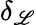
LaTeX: \delta_{\mathscr{L}}